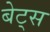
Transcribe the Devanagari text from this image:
बेट्‌स